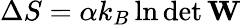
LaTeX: \Delta S=\alpha k_{B}\ln\operatorname*{det}\mathbf{W}